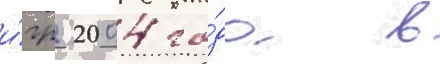
и́гр 2004 го́да в